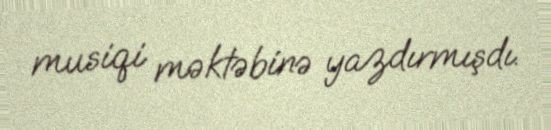
musiqi məktəbinə yazdırmışdı.